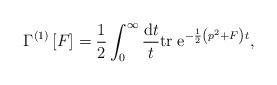
LaTeX: \begin{align*}\Gamma^{(1)}\left[F\right]=\frac 1 2 \int_0^\infty\frac{{\rm d}t}{t}{\rm tr}\;{\rm e}^{-\frac 1 2\left(p^2+F\right)t},\end{align*}